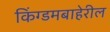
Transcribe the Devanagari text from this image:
किंग्डमबाहेरील